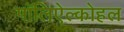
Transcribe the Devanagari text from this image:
पॉलिऐल्कोहल